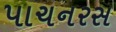
પાચનરસ